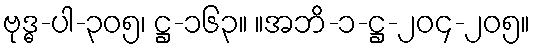
ဗုဒ္ဓ-ပါ-၃၀၅၊ ဋ္ဌ-၁၆၃။ ။အဘိ-၁-ဋ္ဌ-၂၀၄-၂၀၅။